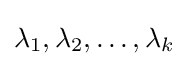
\lambda _{1},\lambda _{2},\ldots ,\lambda _{k}